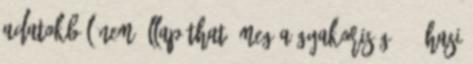
adatokból nem állapítható meg a gyakoriság : - hasi